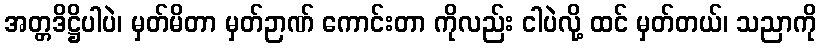
အတ္တဒိဋ္ဌိပါပဲ၊ မှတ်မိတာ မှတ်ဉာဏ် ကောင်းတာ ကိုလည်း ငါပဲလို့ ထင် မှတ်တယ်၊ သညာကို